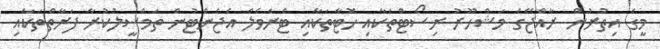
މީގެ އިތުރުން ރާއްޖޭގެ މަޝްހޫރު ރިސޯޓްތަކާއި ހޮޓާތަކާއި ޓްރެވެލް އެޖެންޓުން ތަމްސީލުކުރާ ފަރާތްތަކާއި